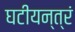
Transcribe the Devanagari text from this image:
घटीयन्त्रं